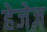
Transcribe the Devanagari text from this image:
हेजेज़